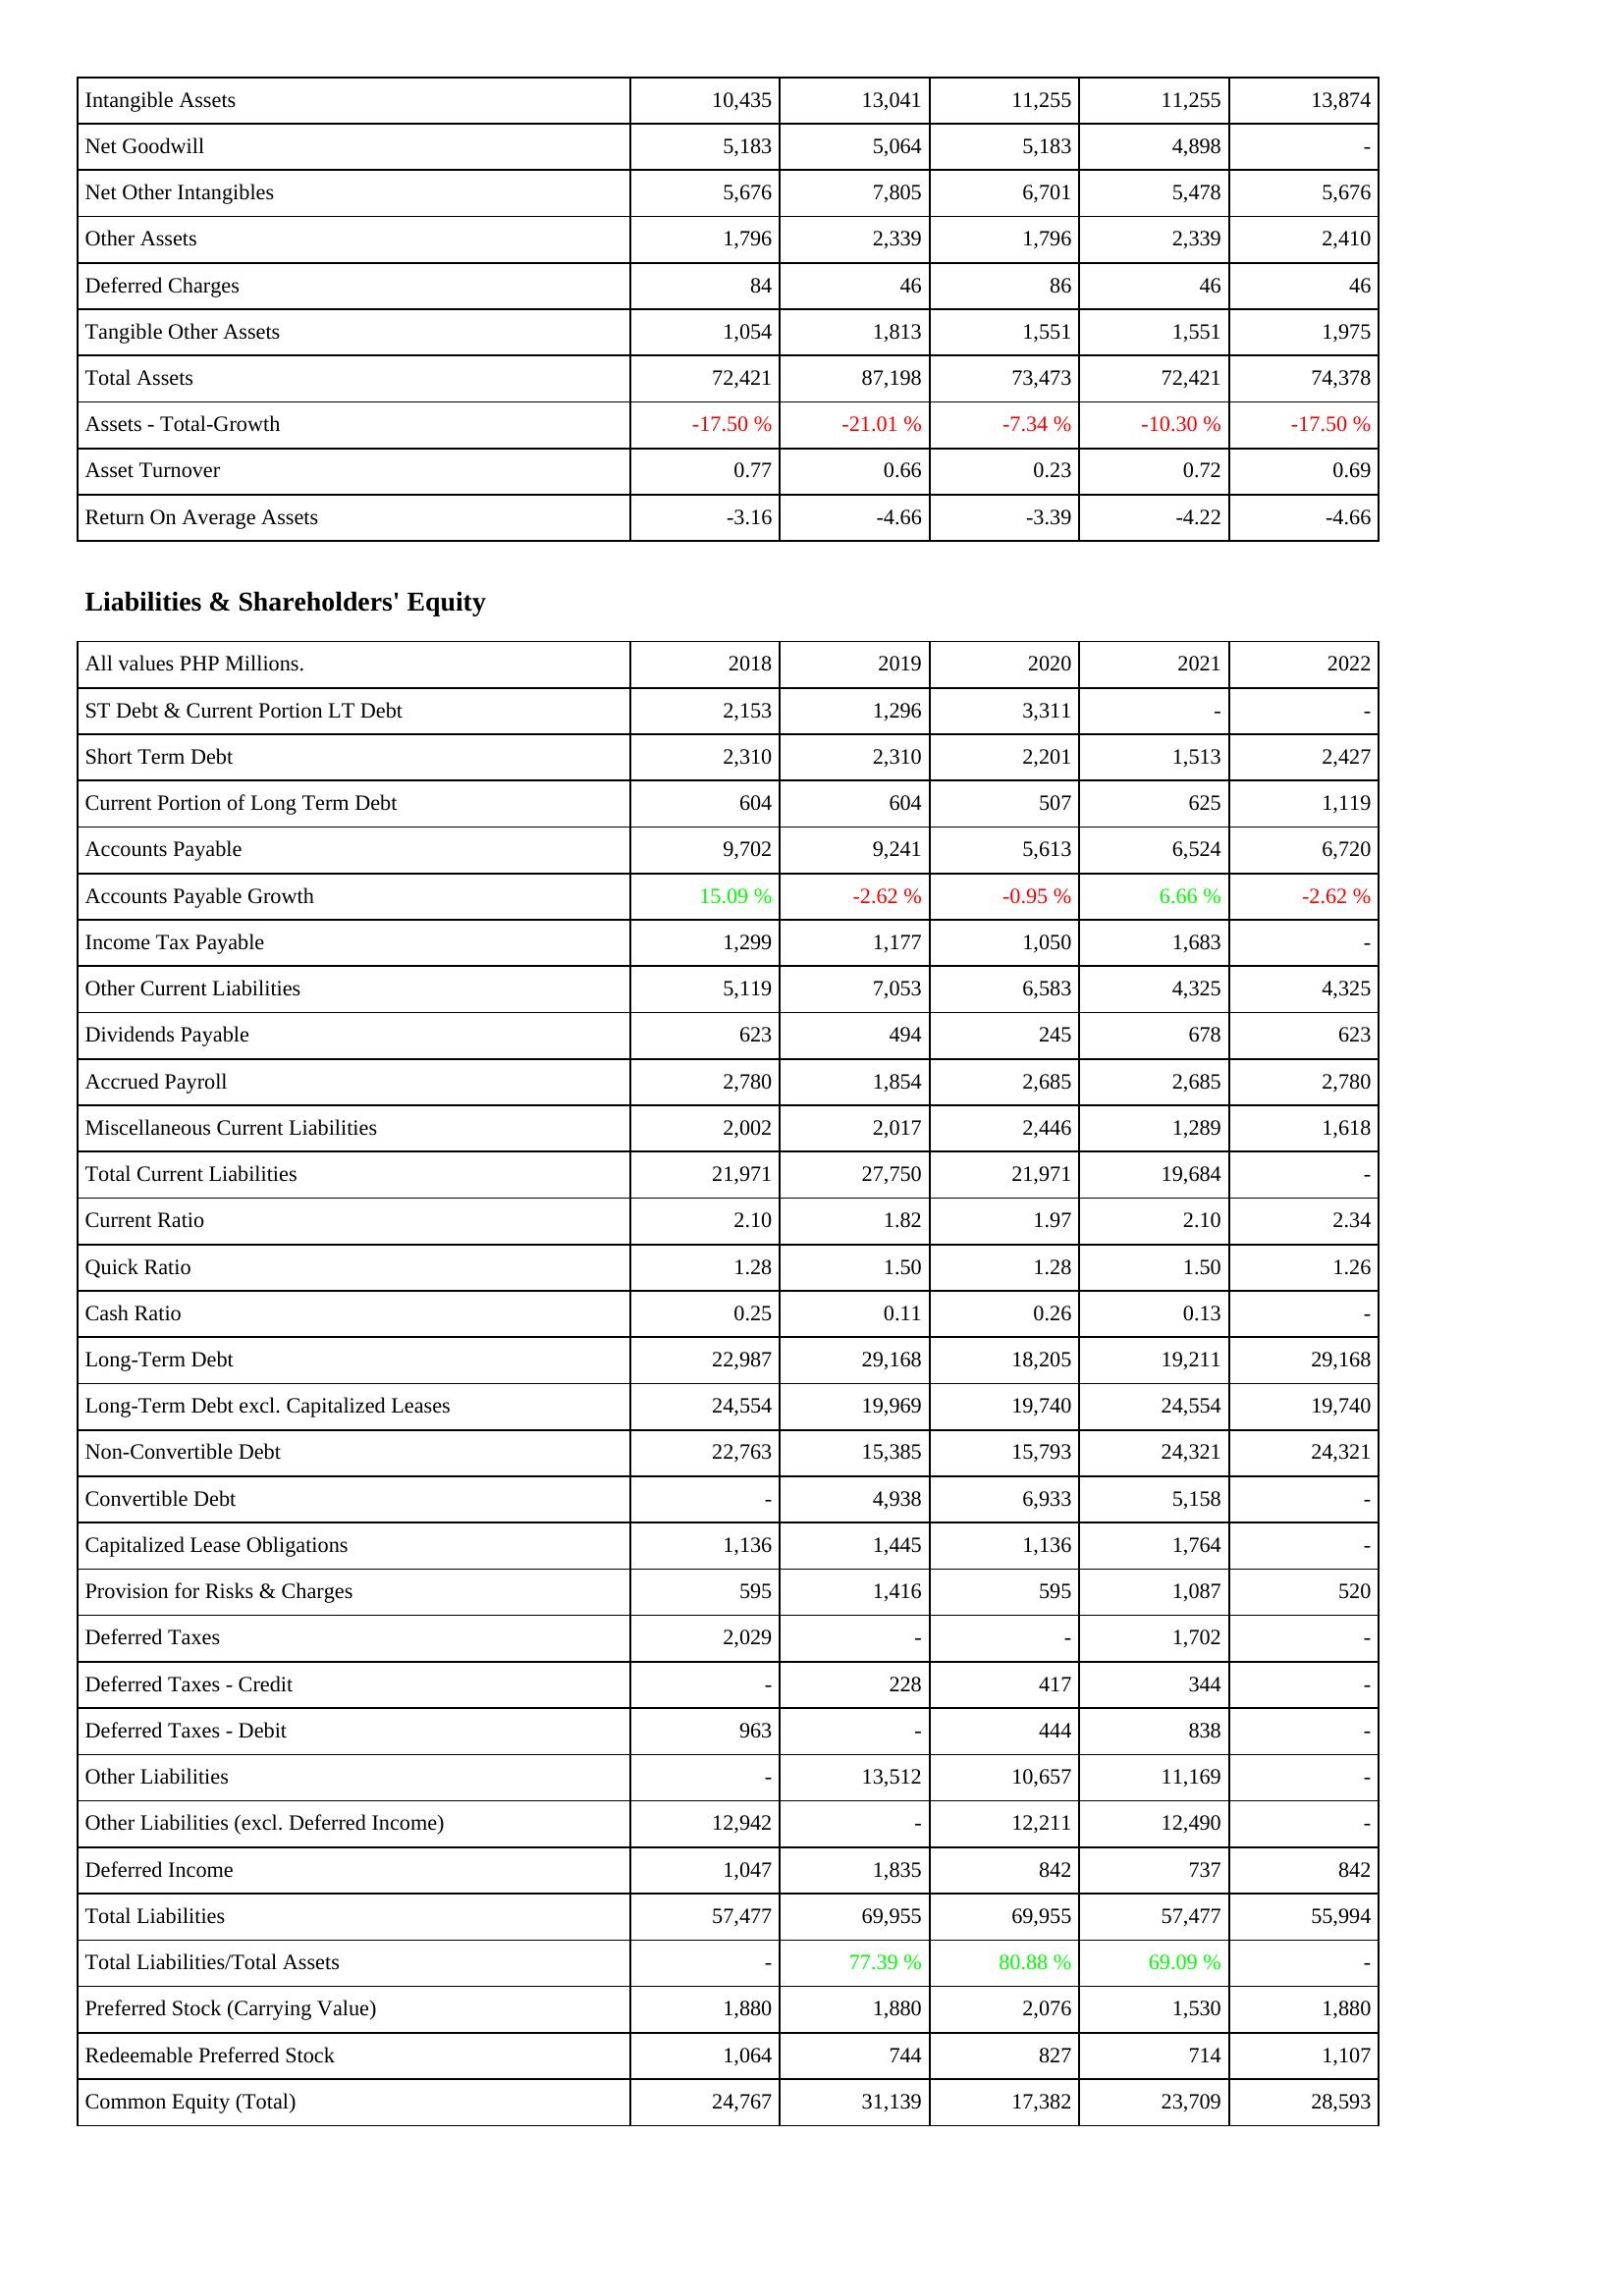
2018: Assets: Intangible Assets: 10,435
Net Goodwill: 5,183
Net Other Intangibles: 5,676
Other Assets: 1,796
Deferred Charges: 84
Tangible Other Assets: 1,054
Total Assets: 72,421
Assets - Total-Growth: -17.50 %
Asset Turnover: 0.77
Return On Average Assets: -3.16
Liabilities & Shareholders' Equity: ST Debt & Current Portion LT Debt: 2,153
Short Term Debt: 2,310
Current Portion of Long Term Debt: 604
Accounts Payable: 9,702
Accounts Payable Growth: 15.09 %
Income Tax Payable: 1,299
Other Current Liabilities: 5,119
Dividends Payable: 623
Accrued Payroll: 2,780
Miscellaneous Current Liabilities: 2,002
Total Current Liabilities: 21,971
Current Ratio: 2.10
Quick Ratio: 1.28
Cash Ratio: 0.25
Long-Term Debt: 22,987
Long-Term Debt excl. Capitalized Leases: 24,554
Non-Convertible Debt: 22,763
Convertible Debt: -
Capitalized Lease Obligations: 1,136
Provision for Risks & Charges: 595
Deferred Taxes: 2,029
Deferred Taxes - Credit: -
Deferred Taxes - Debit: 963
Other Liabilities: -
Other Liabilities (excl. Deferred Income): 12,942
Deferred Income: 1,047
Total Liabilities: 57,477
Total Liabilities/Total Assets: -
Preferred Stock (Carrying Value): 1,880
Redeemable Preferred Stock: 1,064
Common Equity (Total): 24,767
2019: Assets: Intangible Assets: 13,041
Net Goodwill: 5,064
Net Other Intangibles: 7,805
Other Assets: 2,339
Deferred Charges: 46
Tangible Other Assets: 1,813
Total Assets: 87,198
Assets - Total-Growth: -21.01 %
Asset Turnover: 0.66
Return On Average Assets: -4.66
Liabilities & Shareholders' Equity: ST Debt & Current Portion LT Debt: 1,296
Short Term Debt: 2,310
Current Portion of Long Term Debt: 604
Accounts Payable: 9,241
Accounts Payable Growth: -2.62 %
Income Tax Payable: 1,177
Other Current Liabilities: 7,053
Dividends Payable: 494
Accrued Payroll: 1,854
Miscellaneous Current Liabilities: 2,017
Total Current Liabilities: 27,750
Current Ratio: 1.82
Quick Ratio: 1.50
Cash Ratio: 0.11
Long-Term Debt: 29,168
Long-Term Debt excl. Capitalized Leases: 19,969
Non-Convertible Debt: 15,385
Convertible Debt: 4,938
Capitalized Lease Obligations: 1,445
Provision for Risks & Charges: 1,416
Deferred Taxes: -
Deferred Taxes - Credit: 228
Deferred Taxes - Debit: -
Other Liabilities: 13,512
Other Liabilities (excl. Deferred Income): -
Deferred Income: 1,835
Total Liabilities: 69,955
Total Liabilities/Total Assets: 77.39 %
Preferred Stock (Carrying Value): 1,880
Redeemable Preferred Stock: 744
Common Equity (Total): 31,139
2020: Assets: Intangible Assets: 11,255
Net Goodwill: 5,183
Net Other Intangibles: 6,701
Other Assets: 1,796
Deferred Charges: 86
Tangible Other Assets: 1,551
Total Assets: 73,473
Assets - Total-Growth: -7.34 %
Asset Turnover: 0.23
Return On Average Assets: -3.39
Liabilities & Shareholders' Equity: ST Debt & Current Portion LT Debt: 3,311
Short Term Debt: 2,201
Current Portion of Long Term Debt: 507
Accounts Payable: 5,613
Accounts Payable Growth: -0.95 %
Income Tax Payable: 1,050
Other Current Liabilities: 6,583
Dividends Payable: 245
Accrued Payroll: 2,685
Miscellaneous Current Liabilities: 2,446
Total Current Liabilities: 21,971
Current Ratio: 1.97
Quick Ratio: 1.28
Cash Ratio: 0.26
Long-Term Debt: 18,205
Long-Term Debt excl. Capitalized Leases: 19,740
Non-Convertible Debt: 15,793
Convertible Debt: 6,933
Capitalized Lease Obligations: 1,136
Provision for Risks & Charges: 595
Deferred Taxes: -
Deferred Taxes - Credit: 417
Deferred Taxes - Debit: 444
Other Liabilities: 10,657
Other Liabilities (excl. Deferred Income): 12,211
Deferred Income: 842
Total Liabilities: 69,955
Total Liabilities/Total Assets: 80.88 %
Preferred Stock (Carrying Value): 2,076
Redeemable Preferred Stock: 827
Common Equity (Total): 17,382
2021: Assets: Intangible Assets: 11,255
Net Goodwill: 4,898
Net Other Intangibles: 5,478
Other Assets: 2,339
Deferred Charges: 46
Tangible Other Assets: 1,551
Total Assets: 72,421
Assets - Total-Growth: -10.30 %
Asset Turnover: 0.72
Return On Average Assets: -4.22
Liabilities & Shareholders' Equity: ST Debt & Current Portion LT Debt: -
Short Term Debt: 1,513
Current Portion of Long Term Debt: 625
Accounts Payable: 6,524
Accounts Payable Growth: 6.66 %
Income Tax Payable: 1,683
Other Current Liabilities: 4,325
Dividends Payable: 678
Accrued Payroll: 2,685
Miscellaneous Current Liabilities: 1,289
Total Current Liabilities: 19,684
Current Ratio: 2.10
Quick Ratio: 1.50
Cash Ratio: 0.13
Long-Term Debt: 19,211
Long-Term Debt excl. Capitalized Leases: 24,554
Non-Convertible Debt: 24,321
Convertible Debt: 5,158
Capitalized Lease Obligations: 1,764
Provision for Risks & Charges: 1,087
Deferred Taxes: 1,702
Deferred Taxes - Credit: 344
Deferred Taxes - Debit: 838
Other Liabilities: 11,169
Other Liabilities (excl. Deferred Income): 12,490
Deferred Income: 737
Total Liabilities: 57,477
Total Liabilities/Total Assets: 69.09 %
Preferred Stock (Carrying Value): 1,530
Redeemable Preferred Stock: 714
Common Equity (Total): 23,709
2022: Assets: Intangible Assets: 13,874
Net Goodwill: -
Net Other Intangibles: 5,676
Other Assets: 2,410
Deferred Charges: 46
Tangible Other Assets: 1,975
Total Assets: 74,378
Assets - Total-Growth: -17.50 %
Asset Turnover: 0.69
Return On Average Assets: -4.66
Liabilities & Shareholders' Equity: ST Debt & Current Portion LT Debt: -
Short Term Debt: 2,427
Current Portion of Long Term Debt: 1,119
Accounts Payable: 6,720
Accounts Payable Growth: -2.62 %
Income Tax Payable: -
Other Current Liabilities: 4,325
Dividends Payable: 623
Accrued Payroll: 2,780
Miscellaneous Current Liabilities: 1,618
Total Current Liabilities: -
Current Ratio: 2.34
Quick Ratio: 1.26
Cash Ratio: -
Long-Term Debt: 29,168
Long-Term Debt excl. Capitalized Leases: 19,740
Non-Convertible Debt: 24,321
Convertible Debt: -
Capitalized Lease Obligations: -
Provision for Risks & Charges: 520
Deferred Taxes: -
Deferred Taxes - Credit: -
Deferred Taxes - Debit: -
Other Liabilities: -
Other Liabilities (excl. Deferred Income): -
Deferred Income: 842
Total Liabilities: 55,994
Total Liabilities/Total Assets: -
Preferred Stock (Carrying Value): 1,880
Redeemable Preferred Stock: 1,107
Common Equity (Total): 28,593